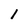
Character: 1